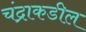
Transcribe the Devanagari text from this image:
चंद्राकडील